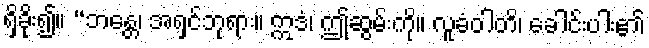
ရှိခိုး၍။ “ဘန္တေ၊ အရှင်ဘုရား။ ဣဒံ၊ ဤဆွမ်းကို။ လူခံဝါတိ၊ ခေါင်းပါး၏